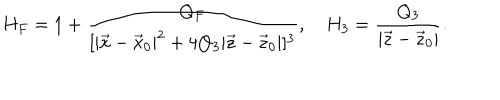
H _ { F } = 1 + { \frac { Q _ { F } } { [ | \vec { x } - \vec { x } _ { 0 } | ^ { 2 } + 4 Q _ { 3 } | \vec { z } - \vec { z } _ { 0 } | ] ^ { 3 } } } , H _ { 3 } = { \frac { Q _ { 3 } } { | \vec { z } - \vec { z } _ { 0 } | } } .